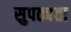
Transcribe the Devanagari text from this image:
सुपठ्यता